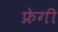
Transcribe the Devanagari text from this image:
फ्रेगी